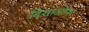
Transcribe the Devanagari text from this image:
दिशाओंपर